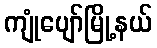
ကျုံပျော်မြို့နယ်